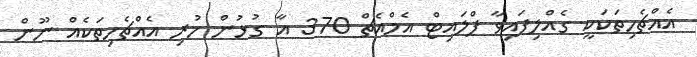
އެއްޗެހިތަކަކީ ގެއްލިފައިވާ ފްލައިޓް އެމްއެޗް 370 އާ ގުޅުން ހުރި އެއްޗެހިތަކެއް ނޫން